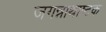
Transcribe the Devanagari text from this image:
जगन्नाथाष्टक